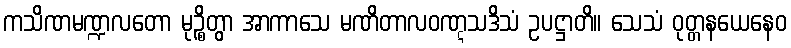
ကသိဏမဏ္ဍလတော မုဉ္စိတွာ အာကာသေ မဏိတာလဝဏ္ဋသဒိသံ ဥပဋ္ဌာတိ။ သေသံ ဝုတ္တနယေနေဝ